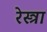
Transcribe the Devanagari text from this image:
रेस्त्रा